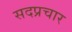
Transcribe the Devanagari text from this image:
सदप्रचार